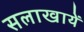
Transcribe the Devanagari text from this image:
सलाखायें